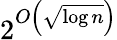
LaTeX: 2^{O\left({\sqrt{\log n}}\right)}